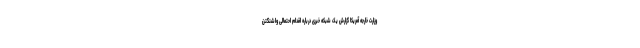
وزارت خارجه آمریکا گزارش یک شبکه خبری درباره اقدام احتمالی واشنگتن